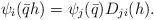
LaTeX: \begin{align*}\psi _i(\bar qh)=\psi _j(\bar q)D_{ji}(h).\end{align*}